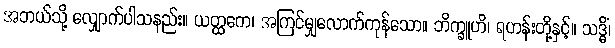
အဘယ်သို့ လျှောက်ပါသနည်း။ ယတ္ထကေ၊ အကြင်မျှလောက်ကုန်သော။ ဘိက္ခူဟိ၊ ရဟန်းတို့နှင့်။ သဒ္ဓိံ၊